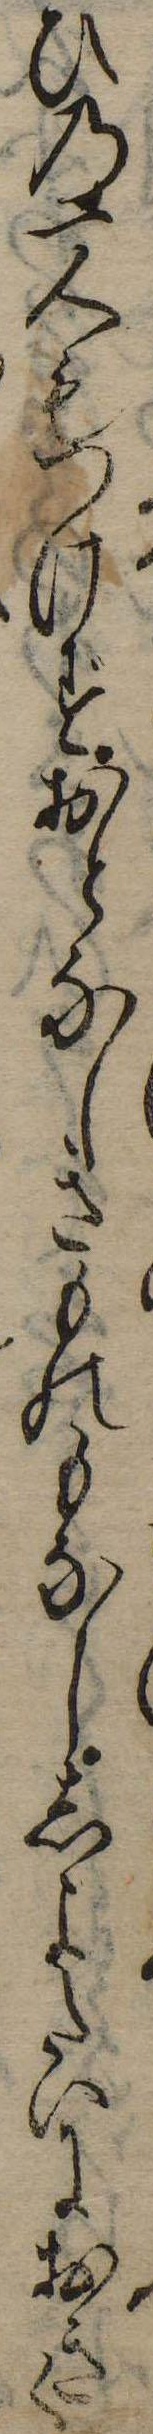
ひの一人もつけずおとなしきものもなししよたいにおきく